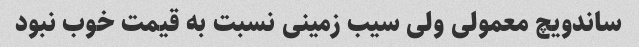
ساندویچ معمولی ولی سیب زمینی نسبت به قیمت خوب نبود